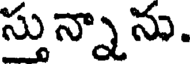
స్తున్నాను.